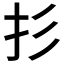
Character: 𱟫